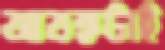
আতঙ্কটাই